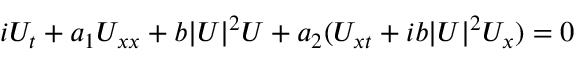
\begin{array} { r } { i U _ { t } + a _ { 1 } U _ { x x } + b | U | ^ { 2 } U + a _ { 2 } ( U _ { x t } + i b | U | ^ { 2 } U _ { x } ) = 0 } \end{array}